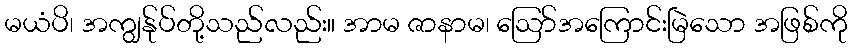
မယံပိ၊ အကျွန်ုပ်တို့သည်လည်း။ အာမ ဇာနာမ၊ ဩော်အကြောင်းမြဲသော အဖြစ်ကို